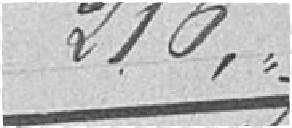
216 francs